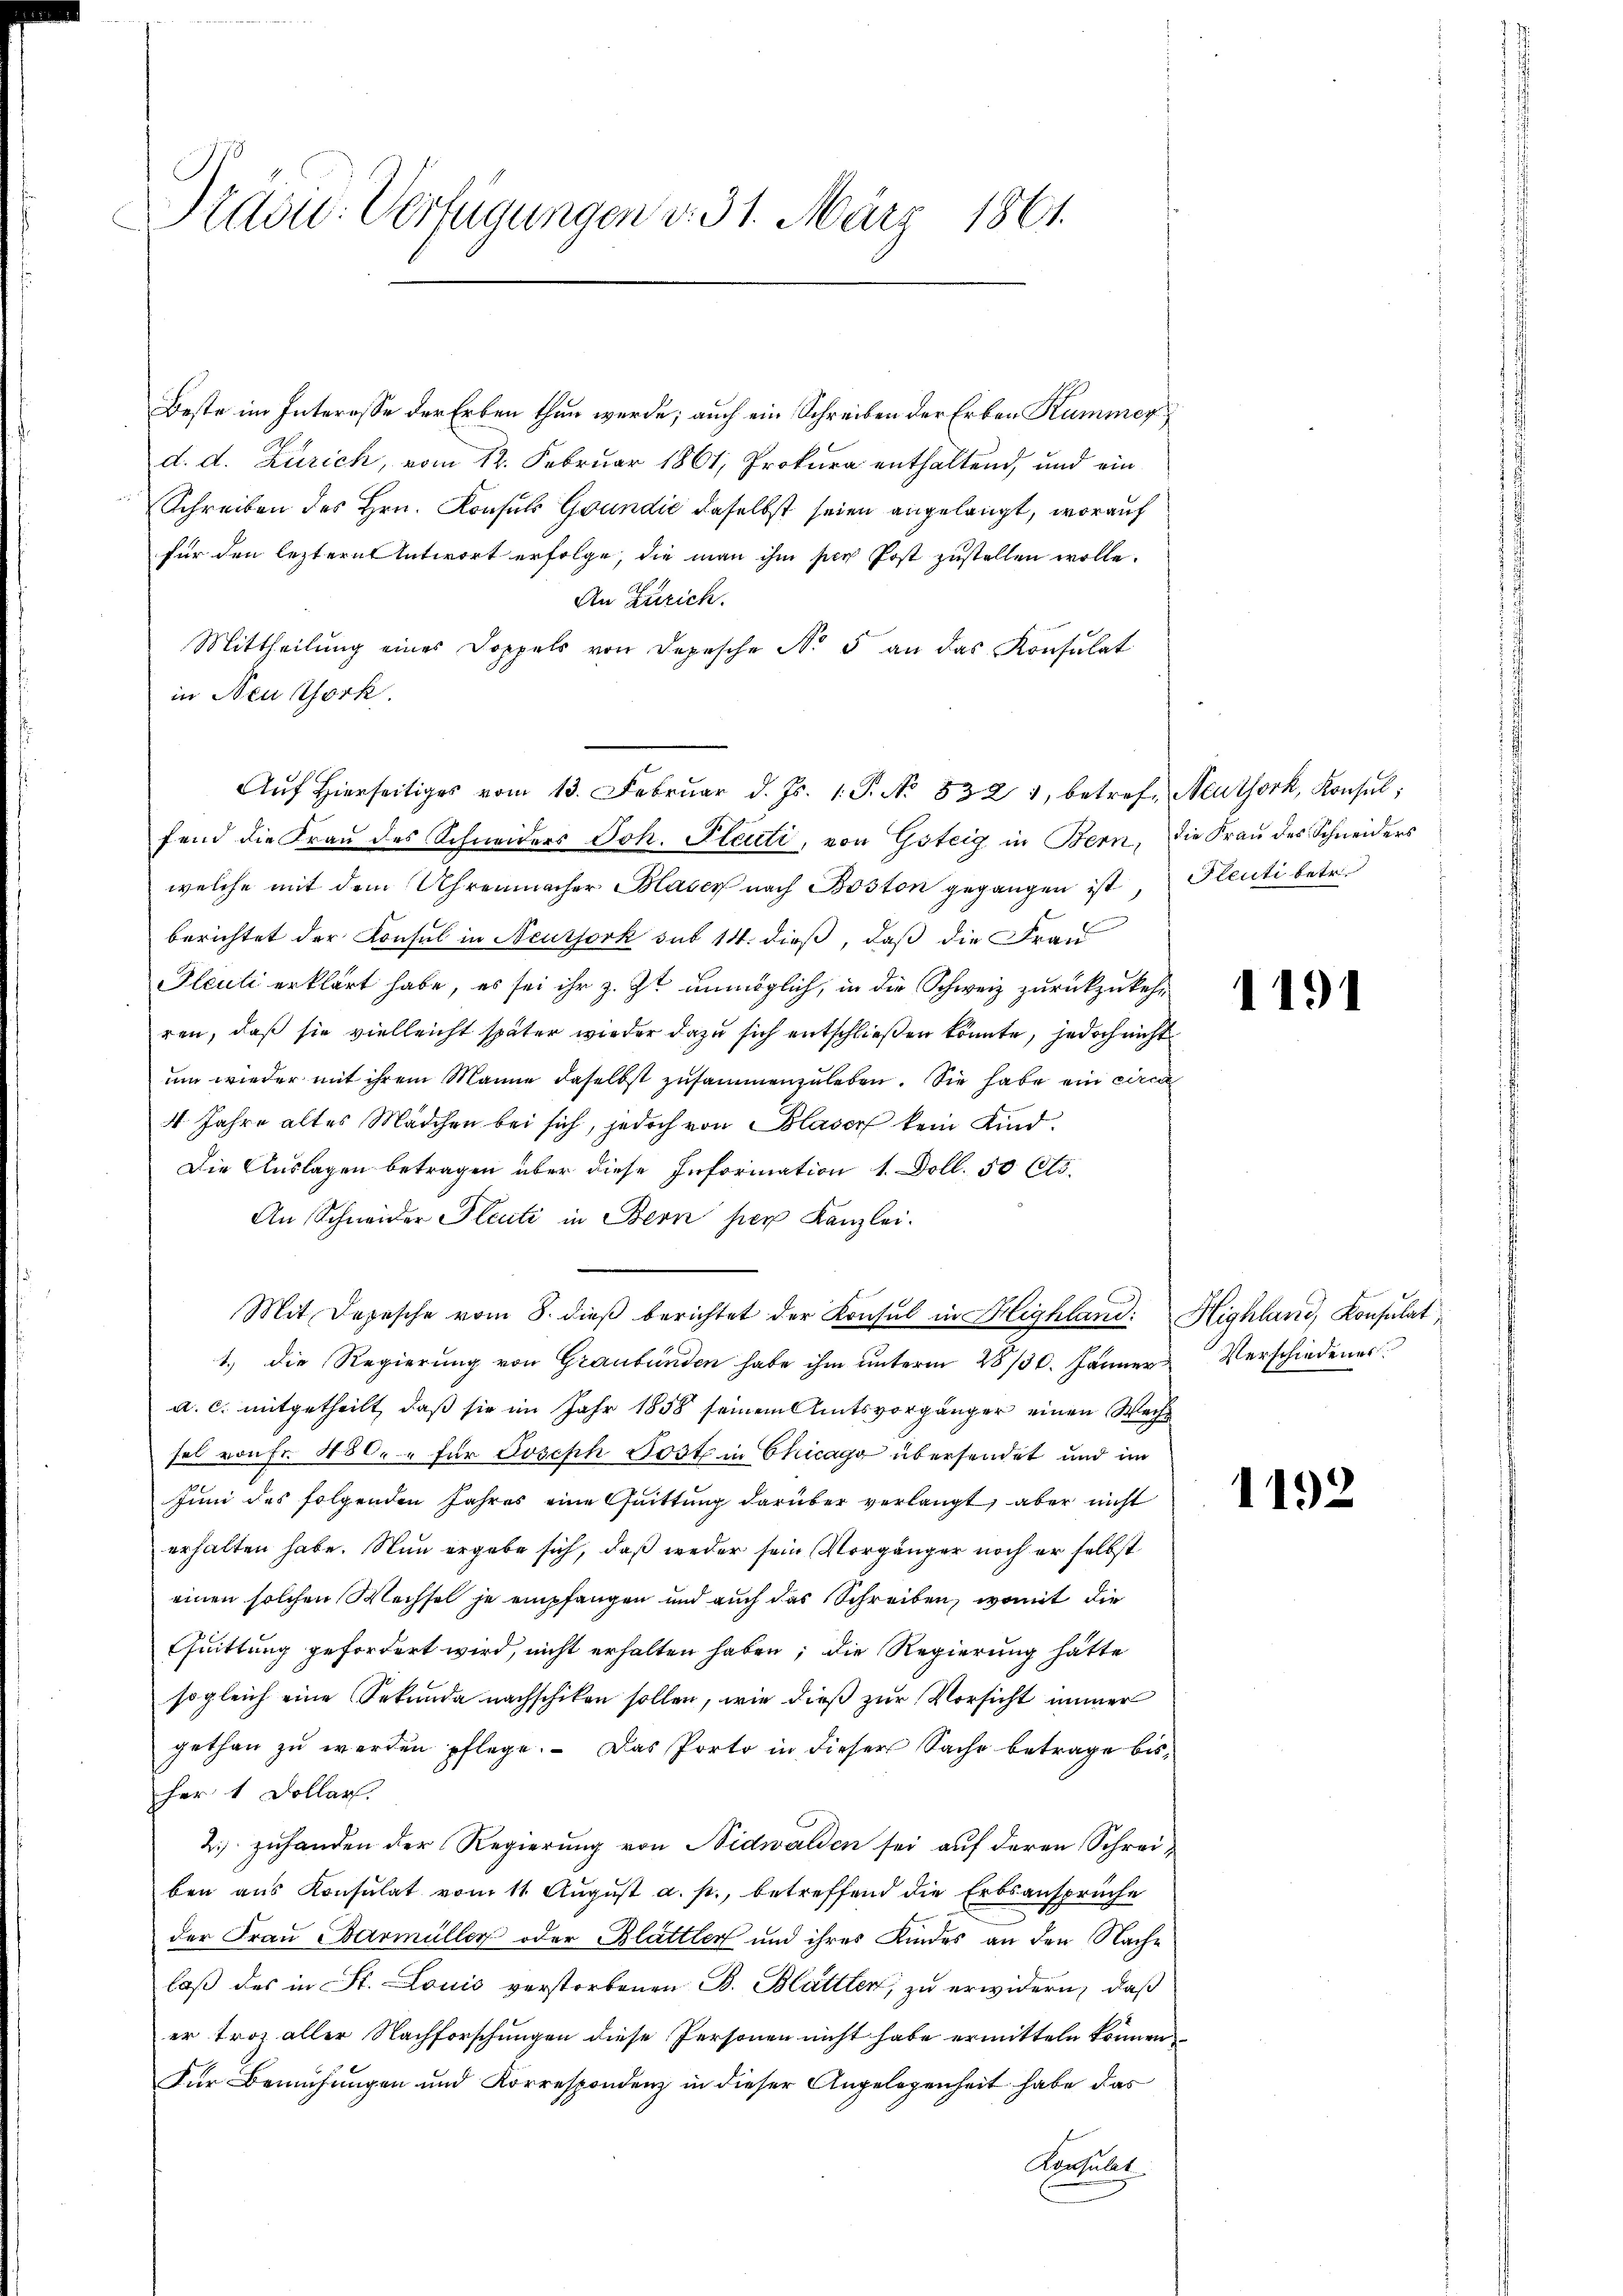
Prad: Verfügungen v. 31. März 1861.

Beste im Interesse der Erben thun werde; auch ein Schreiben der Erben Kummer
d. d. Zürich, vom 12. Februar 1861, Prokura enthaltend, und ein
Schreiben des Hrn. Konsuls Grundić daselbst seien angelangt, worauf
für den lezteres Antwort erfolge, die man ihm per Post zustellen wolle.
An Zürich.
Mittheilung eines Doppels von Depesche No 5 an das Konsulat
in Neuthork.
fend die Frau des Schneiders Joh. Stenti, von Gsteig in Bern, die Frau des Schneiders
welche mit dem Uhrenmacher Blaser nach Boston gegangen ist Plenti betr.
berichtet der Konsul in Neussork sub 14. dieß, daß die Frau
Fleuti erklärt habe, es sei ihr z. Zt. unmöglich, in die Schweiz zurückzukehren, daß sie vielleicht später wieder dazu sich entschließen könnte, jedoch nicht
ŭm wieder mit ihrem Manne daselbst zusammenzuleben. Sie habe ein circa
4. Jahre altes Mädchen bei sich, jedoch von Blaser kein Kind.
Die Auslagen betragen über diese Information 1. Doll. 50 Cts.
An Schneider Pleute in Bern per Kanzlei.
Mit Depesche vom 8. dieß berichtet der Konsul in Highland:
1.) die Regierung von Graubünden habe ihm unterm 28/30. Jänner Verschiedener
a. c. mitgetheilt, daß sie im Jahr 1858 seinem Amtsvorgänger einen Wech
sel von fr. 430. für Joseph Post in Chicagg übersendet und im
Juni des folgenden Jahres eine Quittung darüber verlangt, aber nicht
erhalten habe. Nun ergabe sich, daß weder sein Vorgänger noch er selbst
einen solchen Wechsel je empfangen und auch das Schreiben, womit die
Pfuittung gefordert wird, nicht erhalten haben; die Regierung hätte
sogleich eine Sekunda nachschiken sollen, wie dieß zur Vorsicht immer
gethan zu werden pflege. Das Porto in dieser Sache betrage bisfer 1 Dollar
2.) zuhanden der Regierung von Nidwalden sei auf deren Schreiben ans Konsulat vom 11. Aŭgŭst a. p., betreffend die Erbsansprüche
der Frau Barmüller oder Blättler und ihres Kindes an den Nache
laß des in St. Louis verstorbenen B. Blättler, zu erwidern, daß
er troz aller Nachforschungen diese Personen nicht habe ermitteln können,
Für Bemühungen und Korrespondenz in dieser Angelegenheit habe das
August

Aŭf Hierseitiges vom 13. Febrŭar d. Js. 1. P. No 832 1, betref Neuthork, Konsul,

1191

Highland, Konsulat

1192